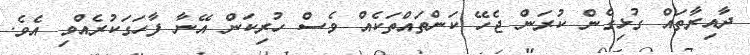
ދާއިރާތައް ގުޅިގެން ކުރަން ޖެހޭ ކަންތައްތަކެއް ވެސް ހުރިކަން އޭނާ ފާހަގަކުރެއްވި އެވެ.